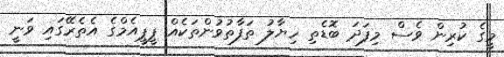
މީގެ ކުރިން ވެސް މިފަދަ ބޮޑެތި ހިޔާލު ތަފާތުވުންތަކެއް ޕީޕީއެމްގެ އެތެރޭގައި ވަނީ